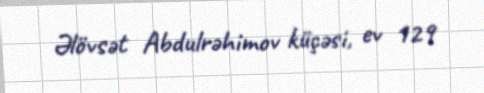
Əlövsət Abdulrəhimov küçəsi, ev 129